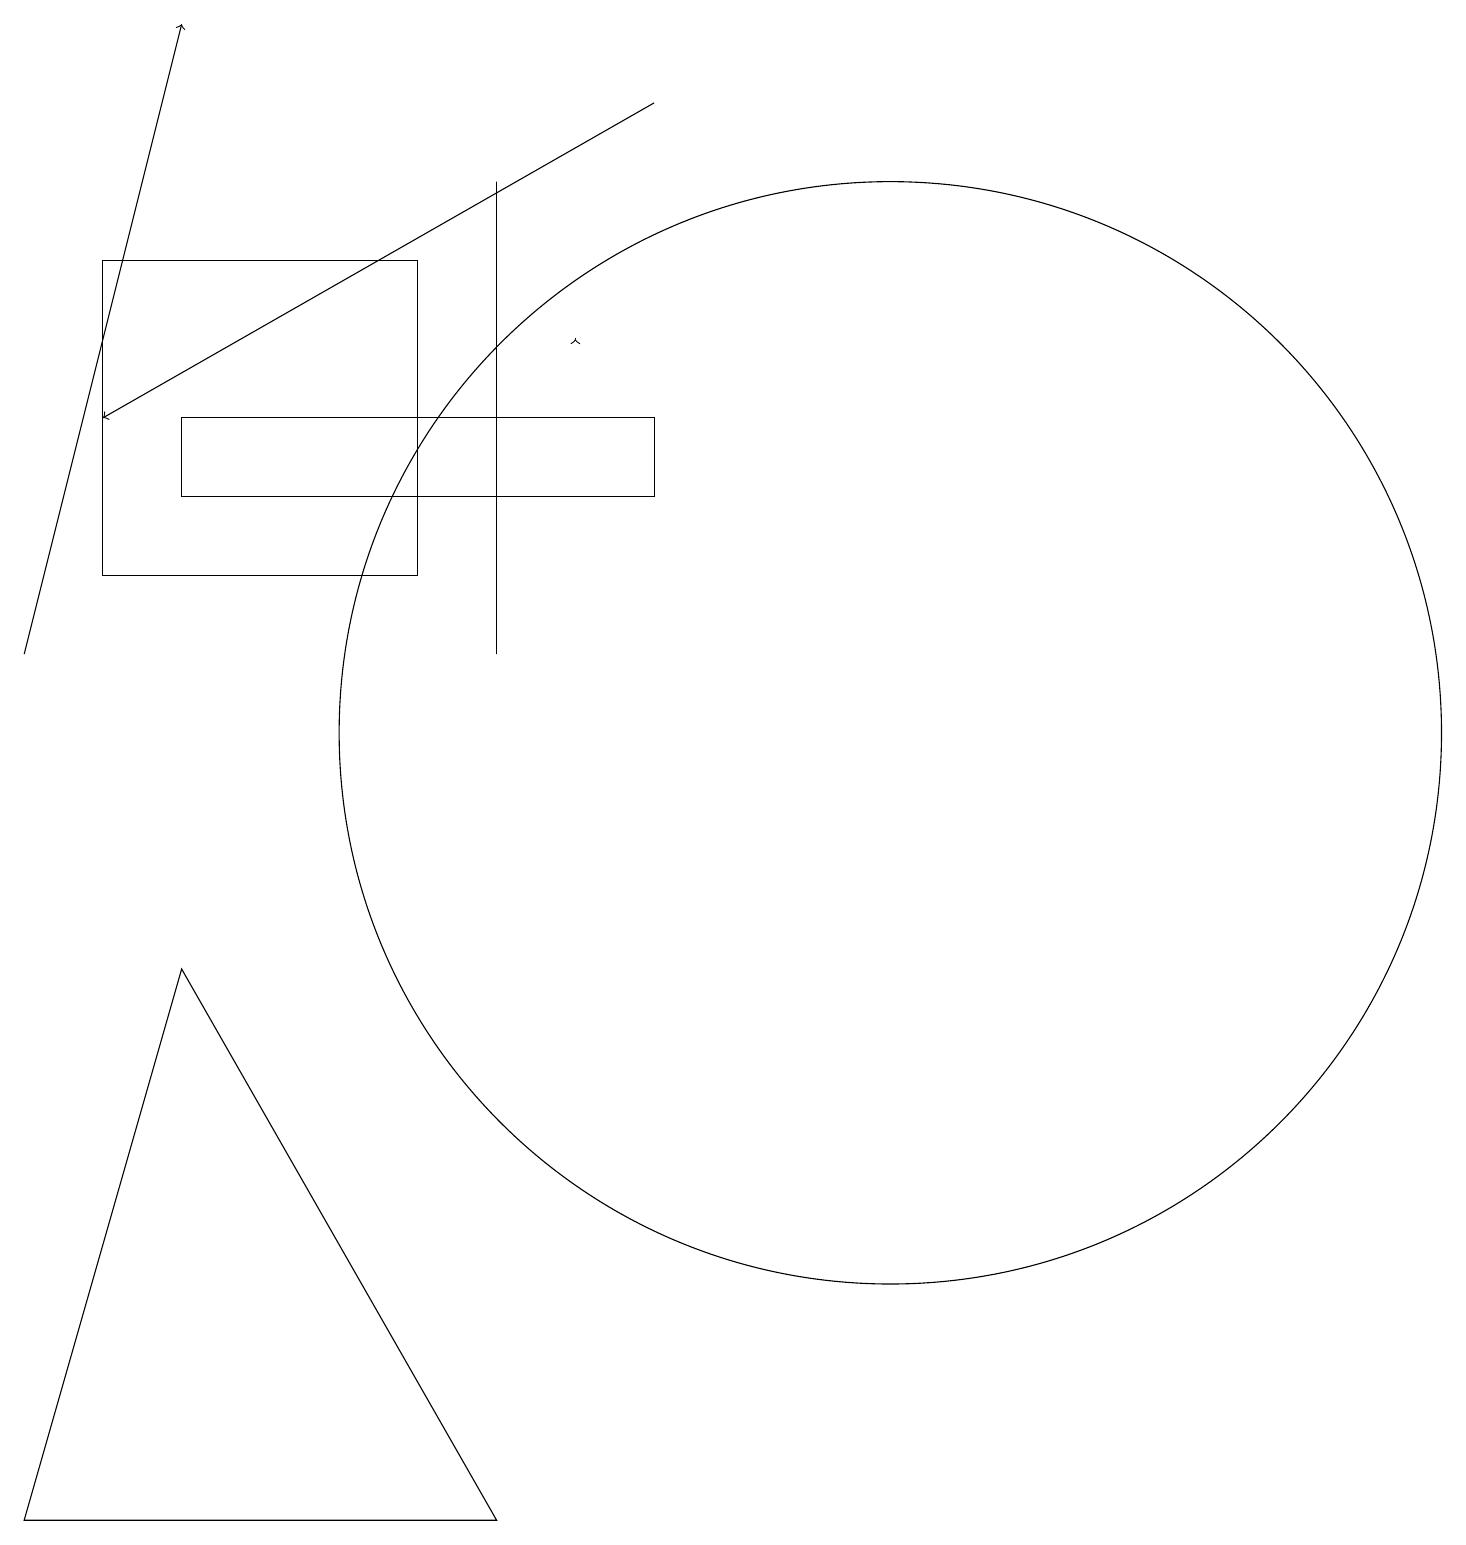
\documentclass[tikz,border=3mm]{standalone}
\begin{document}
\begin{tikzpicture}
\draw (3,14) rectangle (9,13);
\draw (7,11) rectangle (7,17);
\draw[->] (9,18) -- (2,14);
\draw[->] (1,11) -- (3,19);
\draw[->] (8,15) -- (8,15);
\draw (12,10) circle (7);
\draw (1,0) -- (7,0) -- (3,7) -- cycle;
\draw (6,12) rectangle (2,16);
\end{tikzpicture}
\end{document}